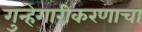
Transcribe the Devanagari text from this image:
गुन्हेगारीकरणाचा